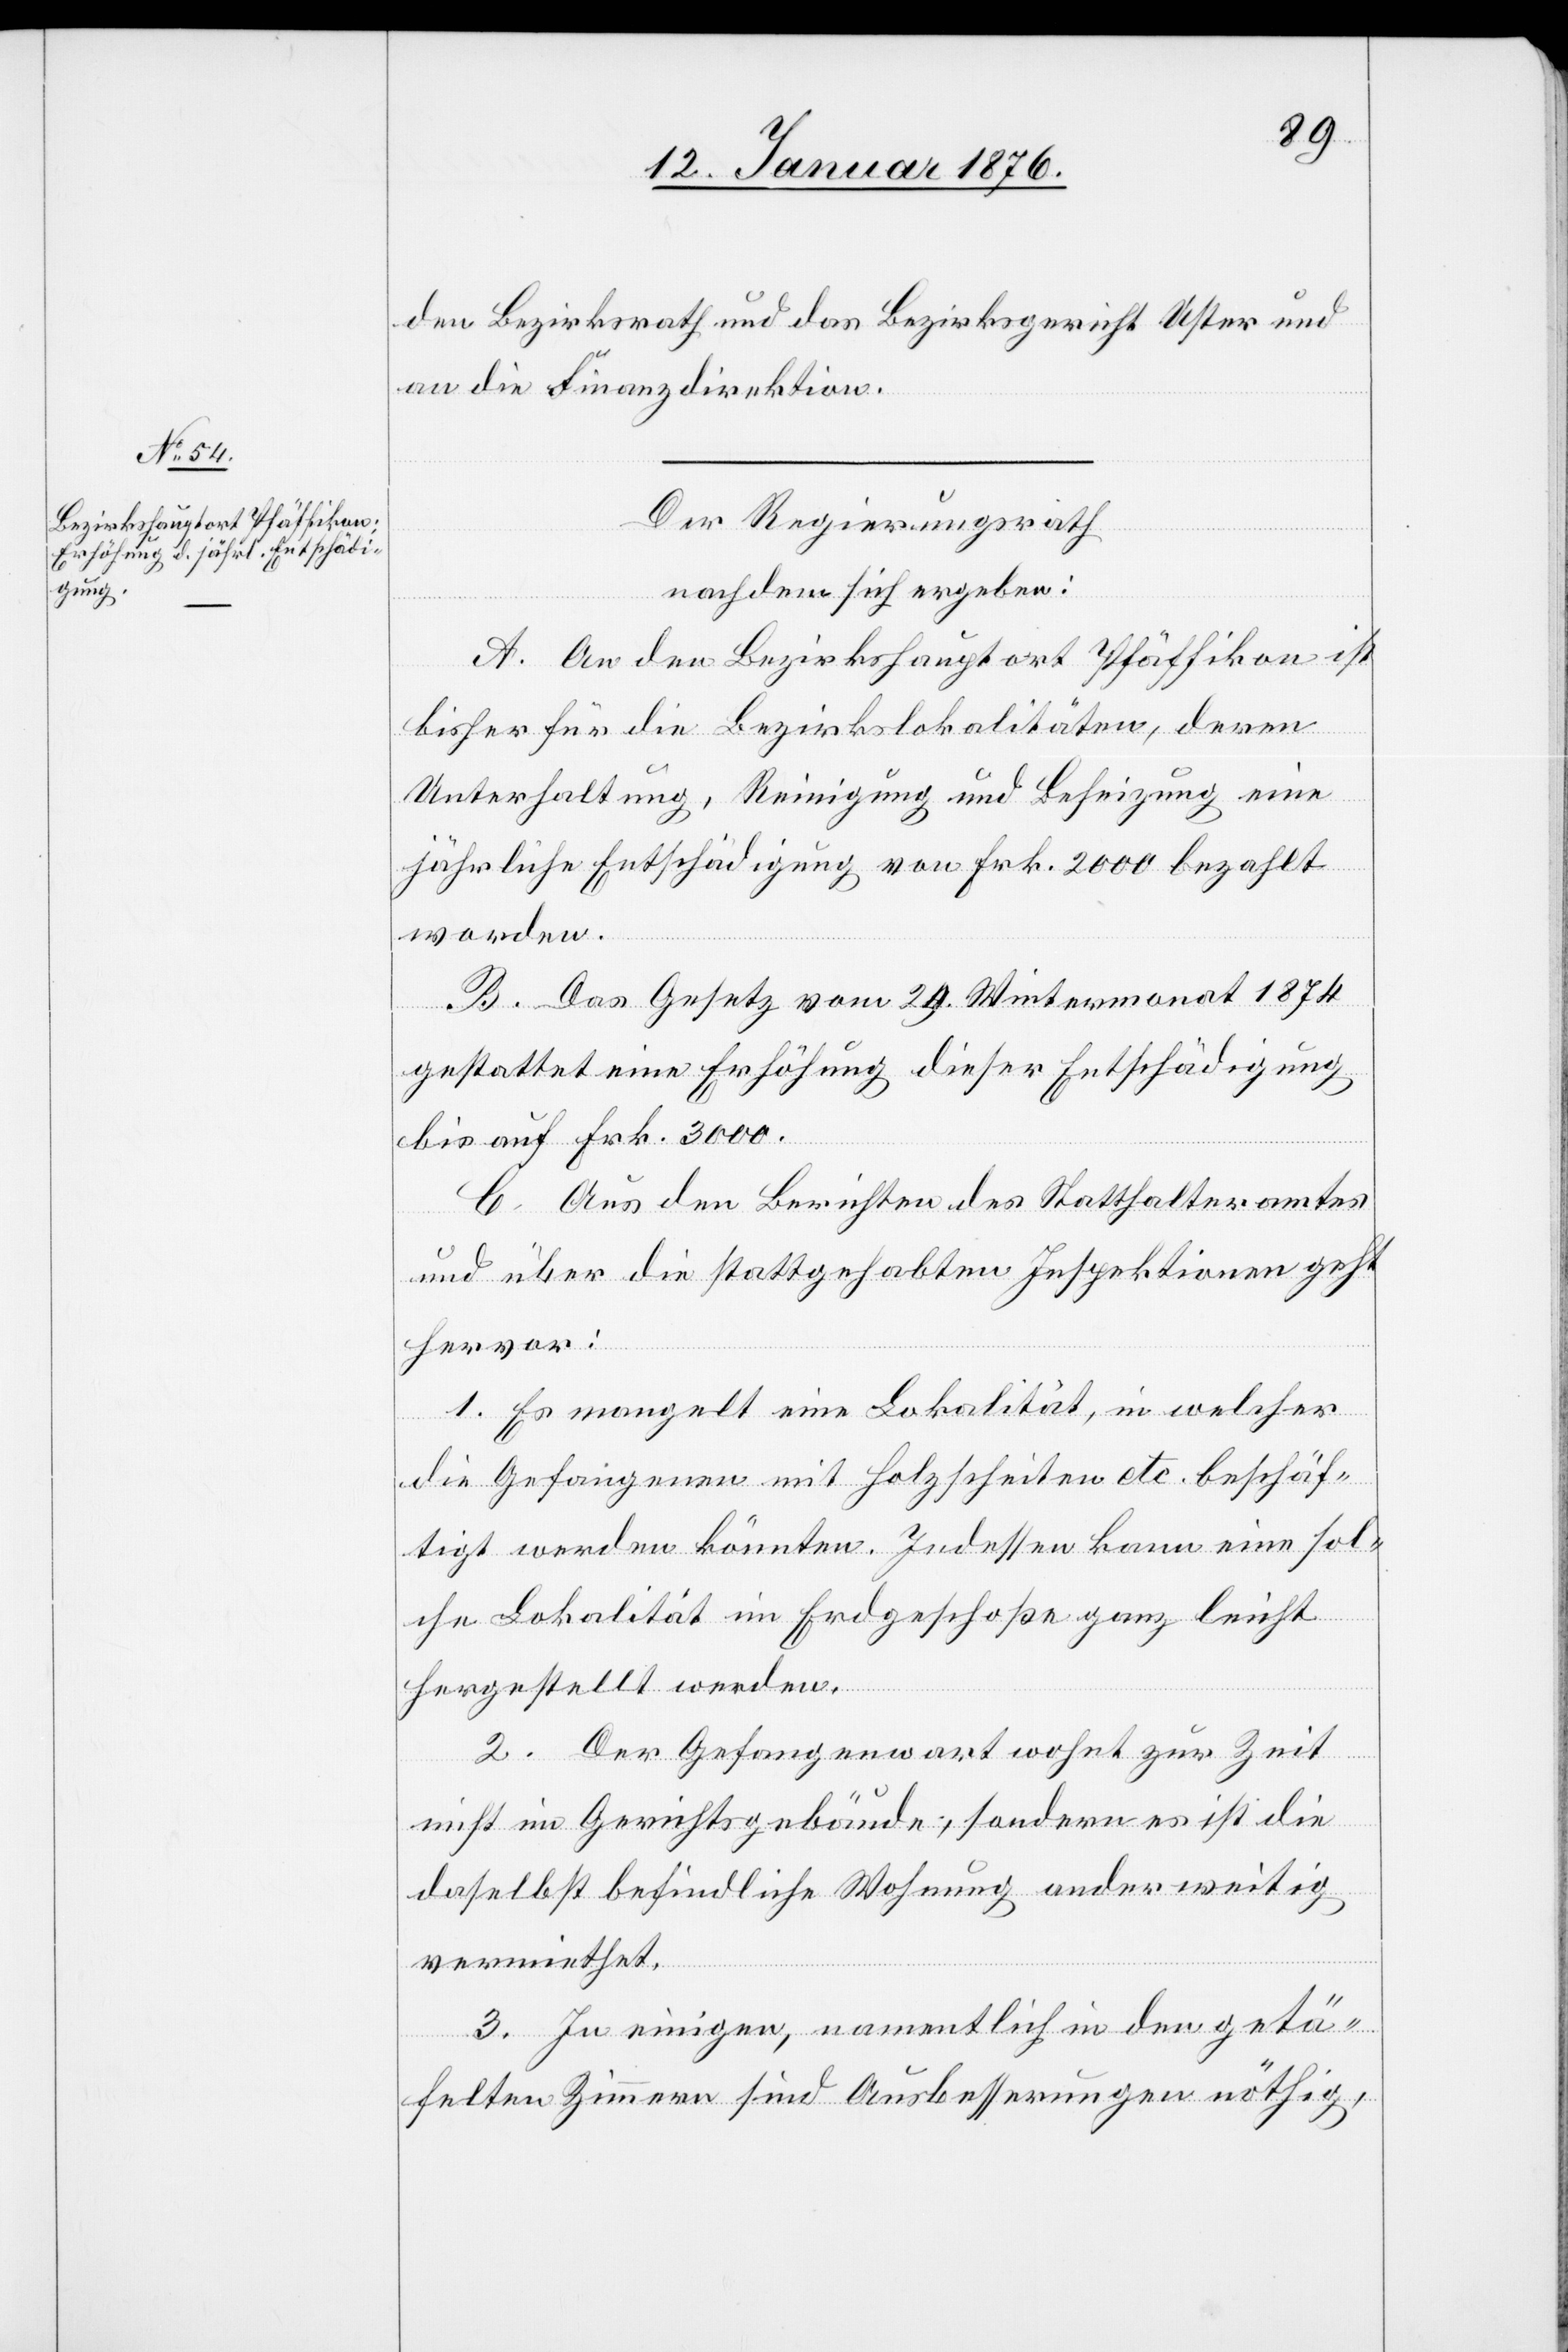
den Bezirksrath und das Bezirksgericht Uster und
an die Finanzdirektion.
Der Regierungsrath
nachdem sich ergeben:
A. An den Bezirkshauptort Pfäffikon ist
bisher für die Bezirkslokalitäten, deren
Unterhaltung, Reinigung und Beheizung eine
jährliche Entschädigung von Frk. 2000 bezahlt
worden.
B. Das Gesetz vom 29. Wintermonat 1874
gestattet Erhöhung dieser Entschädigung
bis auf Frk. 3000.
C. Aus den Berichten des Statthalteramtes
und über die stattgehabten Inspektionen geht
hervor:
1. Es mangelt eine Lokalität, in welcher
die Gefangenen mit Holzscheiten etc. beschäf¬
tigt werden könnten. Indessen kann eine sol¬
che Lokalität im Erdgeschoße ganz leicht
hergestellt werden.
2. Der Gefangenwart wohnt zur Zeit
nicht im Gerichtsgebäude, sondern es ist die
daselbst befindliche Wohnung anderweitig
vermiethet.
3. In einigen, namentlich in den getä¬
felten Zimmern sind Ausbesserungen nöthig,